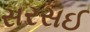
સરસઈ